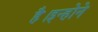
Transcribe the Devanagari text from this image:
है।इन्होने